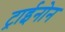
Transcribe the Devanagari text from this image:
ट्राईनोन